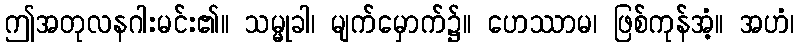
ဤအတုလနဂါးမင်း၏။ သမ္မုခါ၊ မျက်မှောက်၌။ ဟေဿာမ၊ ဖြစ်ကုန်အံ့။ အဟံ၊